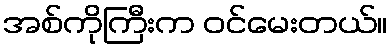
အစ်ကိုကြီးက ဝင်မေးတယ်။